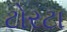
ટોરટા